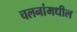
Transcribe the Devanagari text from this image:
चलनांमधील